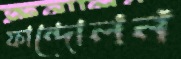
ফান্দোলন